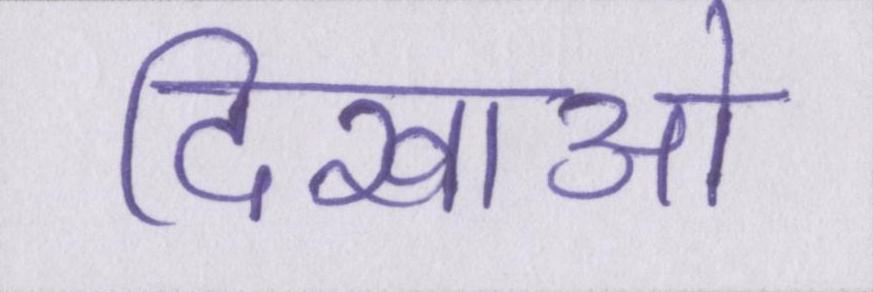
दिखाओ